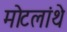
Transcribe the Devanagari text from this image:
मोटलांथे